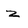
Character: Z